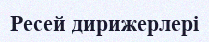
Ресей дирижерлері